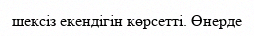
шексіз екендігін көрсетті. Өнерде